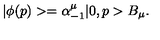
| \phi ( p ) > = \alpha _ { - 1 } ^ { \mu } | 0 , p > B _ { \mu } .